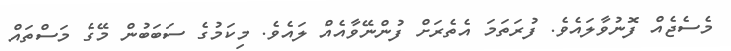
މެސެޖެއް ފޮނުވާލައެވެ. ފުރަތަމަ އެތެރަށް ފުންނޭވާއެއް ލައެވެ. މިކަމުގެ ސަބަބުން މޭގެ މަސްތައް